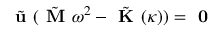
\tilde { \textbf { u } } ( \tilde { \textbf { M } } \omega ^ { 2 } - \tilde { \textbf { K } } ( \kappa ) ) = \textbf { 0 }